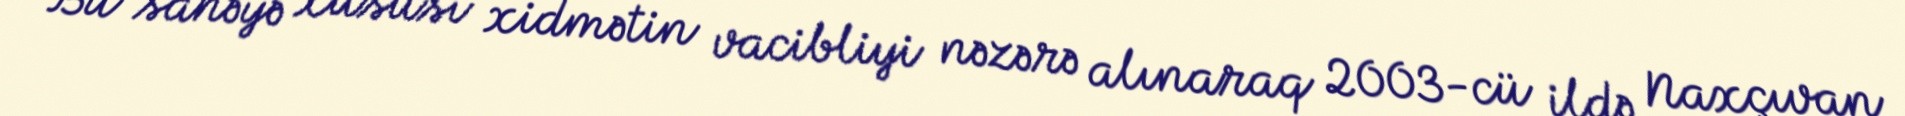
Bu sahəyə xüsusi xidmətin vacibliyi nəzərə alınaraq 2003-cü ildə Naxçıvan